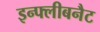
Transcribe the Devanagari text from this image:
इन्फ्लीबनैट